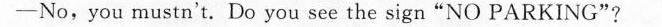
-No,you mustn't. Do you see the sign"NO PARKING"?